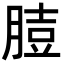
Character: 䐍